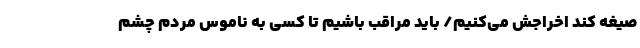
صیغه کند اخراجش می‌کنیم/ باید مراقب باشیم تا کسی به ناموس مردم چشم